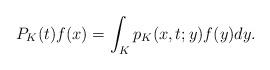
LaTeX: \begin{align*}P_K(t) f(x)=\int_{K}p_{K}(x,t; y)f(y)dy.\end{align*}